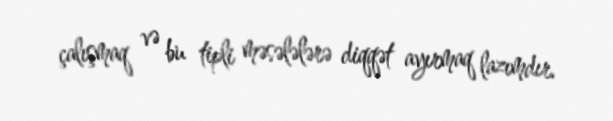
çalışmaq və bu tipli məsələlərə diqqət ayırmaq lazımdır.